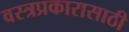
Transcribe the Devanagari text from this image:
वस्त्रप्रकारासाठी